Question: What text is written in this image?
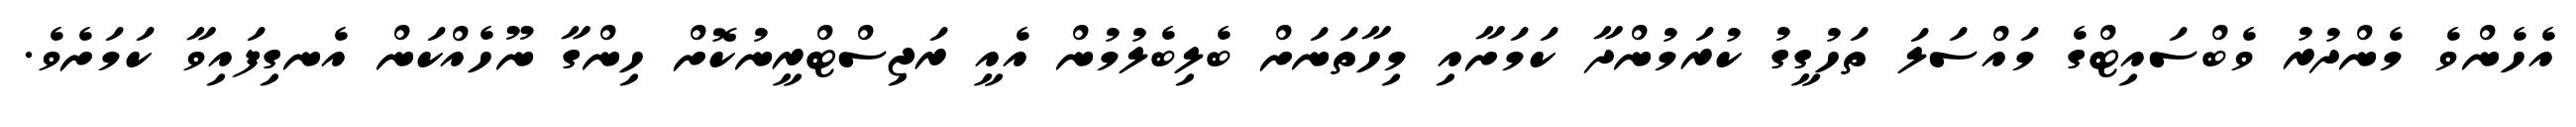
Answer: އެހެންވެ މެންދުރު ވެބްސައިޓްގެ މައްސަލަ ތަހުގީގު ކުރަމުންދާ ކަމަށާއި މިހާތަނަށް ބެލިބެލުމުން އެއީ ރަޖިސްޓްރީނުކޮށް ހިންގާ ނޫހެއްކަން އެނގިފައިވާ ކަމަށެވެ.